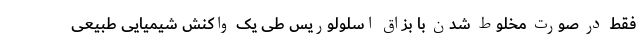
فقط در صورت مخلوط شدن با بزاق اسلولوریس طی یک واکنش شیمیایی طبیعی